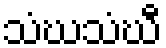
သံဃသံဃီ